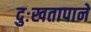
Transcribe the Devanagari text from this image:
दुःखतापाने